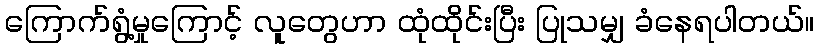
ကြောက်ရွံ့မှုကြောင့် လူတွေဟာ ထုံထိုင်းပြီး ပြုသမျှ ခံနေရပါတယ်။